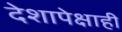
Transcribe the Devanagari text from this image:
देशापेक्षाही